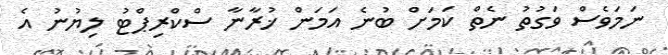
ނަމަވެސް ވަގުތު ނެތް ކަމަށް ބުނެ އަމަން ޚުރާނާ ސްކްރިޕްޓު ލިޔުނު އެ